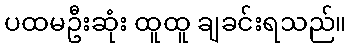
ပထမဦးဆုံး ထူထူ ချခင်းရသည်။